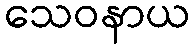
သေဝနာယ